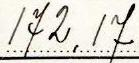
172,17